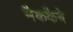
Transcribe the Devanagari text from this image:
मैककैबे